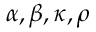
\alpha , \beta , \kappa , \rho